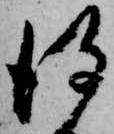
得